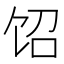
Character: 𲋤